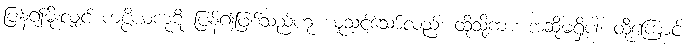
ပြန်၍မိုးလျှင် ကပ္ပိယကုဋိ ပြန်၍ဖြစ်သည်ဟု ယူသင့်သော်လည်း ထိုသို့ကား အဆိုမရှိပါ၊ ထို့ကြောင့်